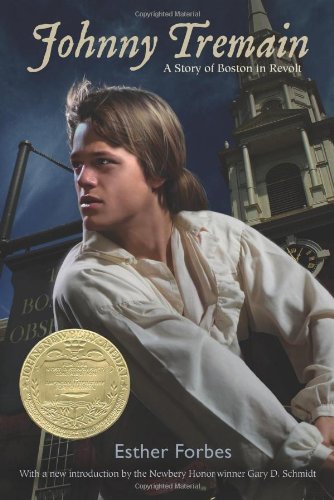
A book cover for Johnny Tremain; Esther Hoskins Forbes; Children's Books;